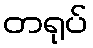
တရုပ်